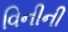
વિનીની